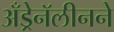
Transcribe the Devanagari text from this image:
अँड्रेनॅलीनने